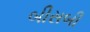
બીસબી